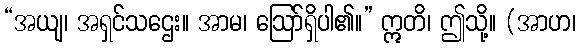
“အယျ၊ အရှင်သဌေး။ အာမ၊ ဩော်ရှိပါ၏။” ဣတိ၊ ဤသို့။ (အာဟ၊